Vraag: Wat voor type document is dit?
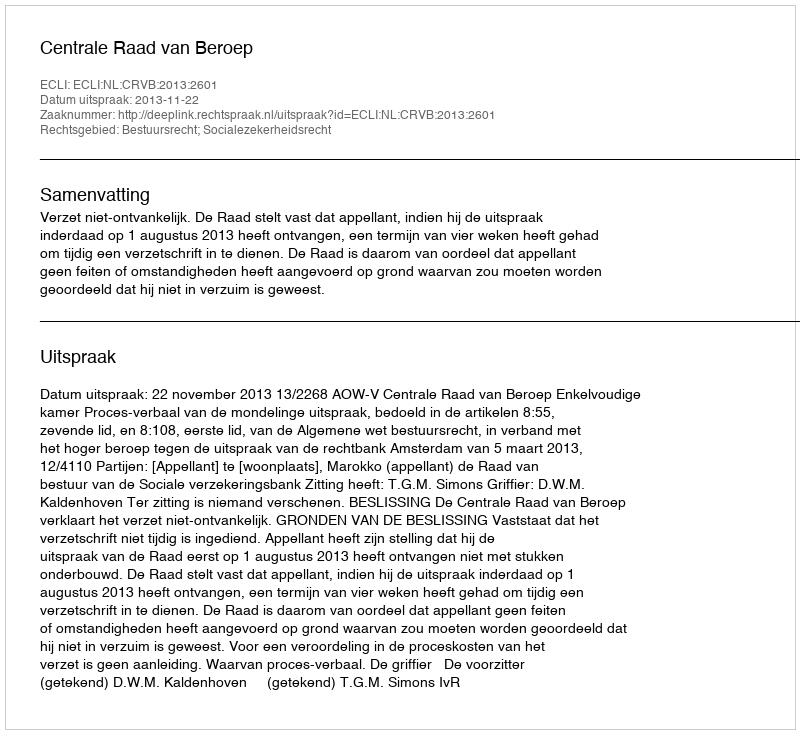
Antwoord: Uitspraak